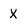
Character: X